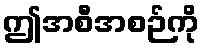
ဤအစီအစဉ်ကို